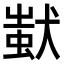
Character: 𤠷